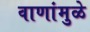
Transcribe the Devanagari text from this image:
वाणांमुळे